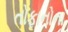
તોફાનોના